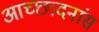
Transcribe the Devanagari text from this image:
आच्छादनांस